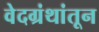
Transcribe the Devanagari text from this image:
वेदग्रंथांतून